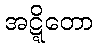
အဋ္ဋိတော